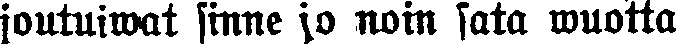
joutuiwat sinne jo noin sata wuotta